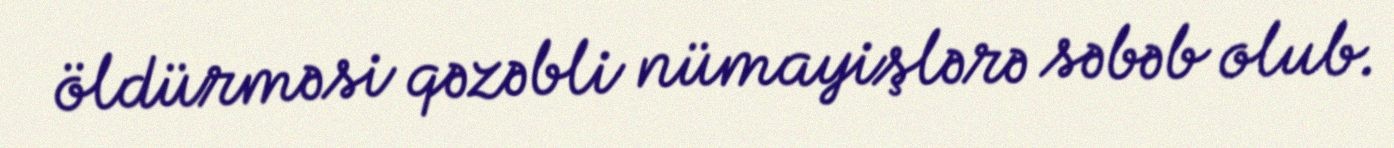
öldürməsi qəzəbli nümayişlərə səbəb olub.